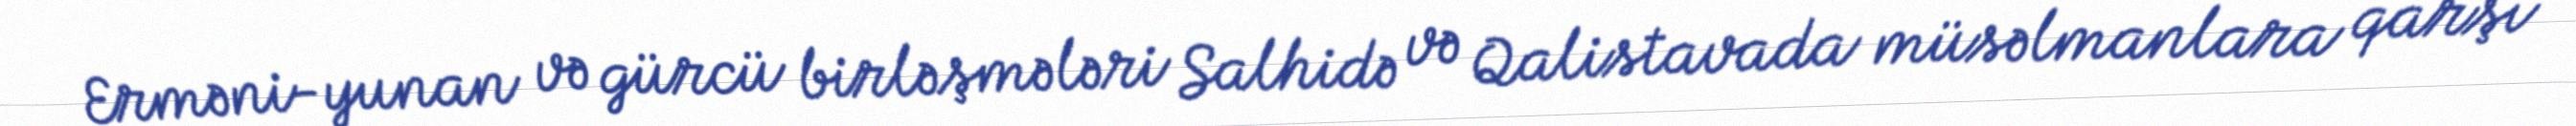
Erməni-yunan və gürcü birləşmələri Salhidə və Qalistavada müsəlmanlara qarşı